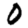
Digit: 0